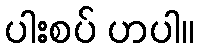
ပါးစပ် ဟပါ။